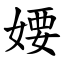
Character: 婹